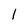
Character: 1